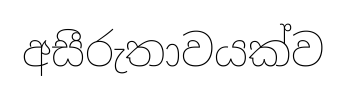
අසීරුතාවයක්ව